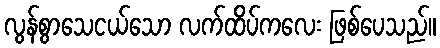
လွန်စွာသေငယ်သော လက်ထိပ်ကလေး ဖြစ်ပေသည်။